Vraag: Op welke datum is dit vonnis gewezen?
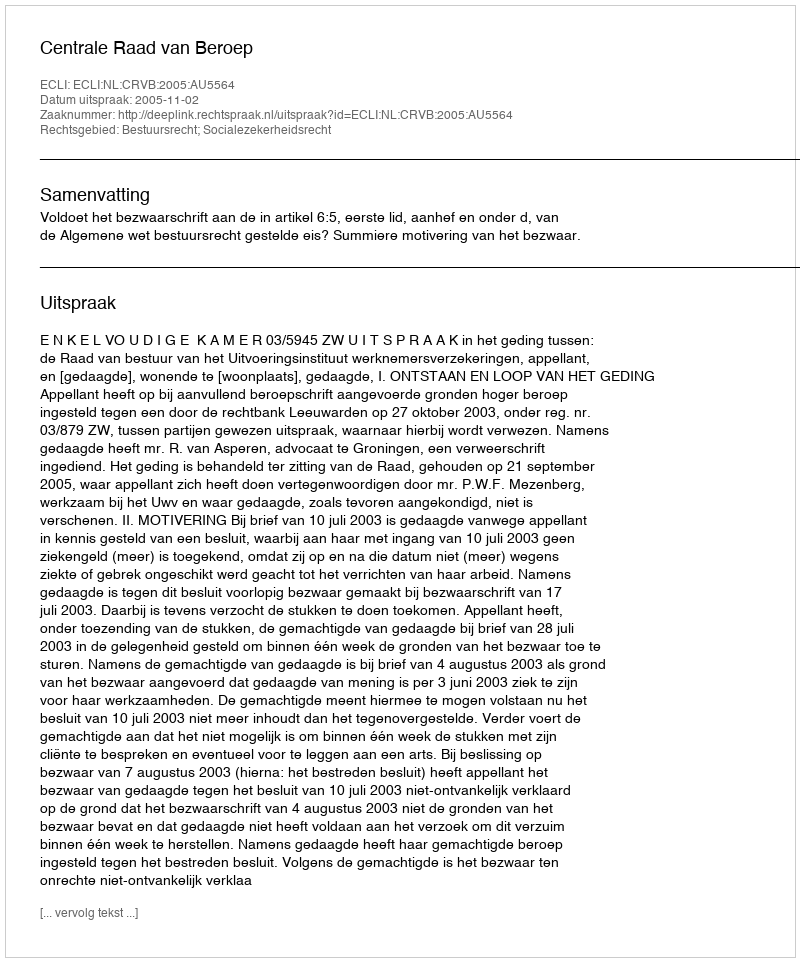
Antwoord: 2005-11-02